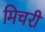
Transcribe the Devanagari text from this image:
मिचरी